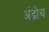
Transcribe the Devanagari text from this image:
अंद्रोथ